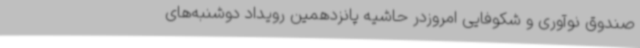
صندوق نوآوری و شکوفایی امروزدر حاشیه پانزدهمین رویداد دوشنبه‌های